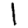
Digit: 1